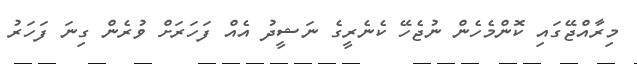
މިރާއްޖޭގައި ކޮންމެހެން ނުޖެހޭ ކެނެރީގެ ނަޝީދު އެއް ފަހަރަށް ވުރެން ގިނަ ފަހަރު